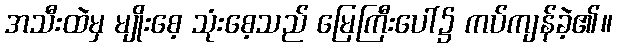
အသီးထဲမှ မျိုးစေ့ သုံးစေ့သည် မြေကြီးပေါ်၌ ကပ်ကျန်ခဲ့၏။